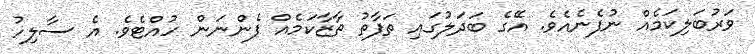
ވަރުބަލިކަމެއް ނުފެނެއެވެ. އޭގެ ބަދަލުގައި ތަފާތު ތާޒާކަމެއް ފެންނަން ހުއްޓެވެ. އެ ސާލިހު